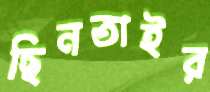
ছিনতাইর